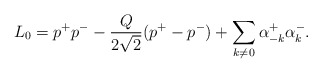
\begin{align*}L_0=p^{+}p^{-}-\frac{Q}{2\sqrt{2}}(p^{+}-p^{-})+\sum_{k\ne 0}\alpha ^{+}_{-k}\alpha^{-}_{k}.\end{align*}